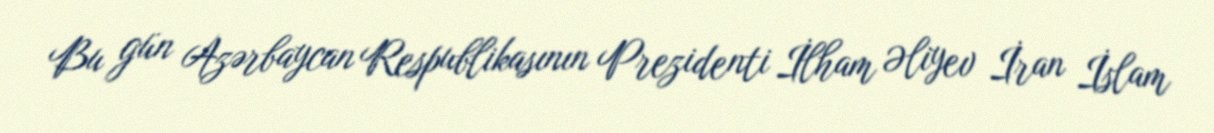
Bu gün Azərbaycan Respublikasının Prezidenti İlham Əliyev İran İslam